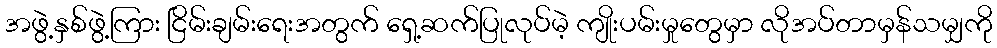
အဖွဲ့နှစ်ဖွဲ့ကြား ငြိမ်းချမ်းရေးအတွက် ရှေ့ဆက်ပြုလုပ်မဲ့ ကျိုးပမ်းမှုတွေမှာ လိုအပ်တာမှန်သမျှကို